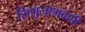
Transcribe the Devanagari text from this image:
शिशूनागवंशी